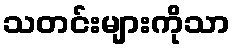
သတင်းများကိုသာ